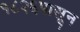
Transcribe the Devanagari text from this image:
१८२६पासून